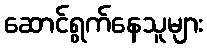
ဆောင်ရွက်နေသူများ